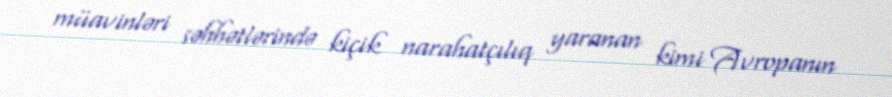
müavinləri səhhətlərində kiçik narahatçılıq yaranan kimi Avropanın